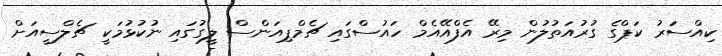
ކިއްސަރު ކަޕްގެ ގުރުއަތުލުން މިރޭ އެފްއޭއެމް ހައުސްގައި ޗެމްޕިއަންސް ލީގުގައި ނުކުޅުމަކީ ޗެލްސީއަށް